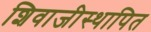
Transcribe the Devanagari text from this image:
शिवाजीस्थापित